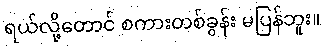
ရယ်လို့တောင် စကားတစ်ခွန်း မပြန်ဘူး။